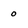
Character: 0